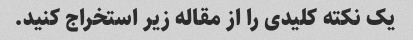
یک نکته کلیدی را از مقاله زیر استخراج کنید.